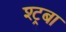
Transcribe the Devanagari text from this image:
श्ट्रबा